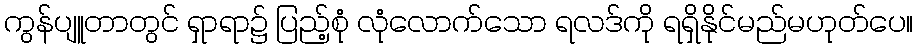
ကွန်ပျူတာတွင် ရှာရာ၌ ပြည့်စုံ လုံလောက်သော ရလဒ်ကို ရရှိနိုင်မည်မဟုတ်ပေ။